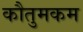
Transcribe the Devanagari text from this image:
कौतुमकम